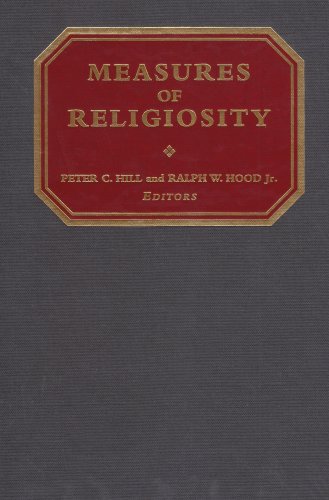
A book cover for Measures of Religiosity; Religion & Spirituality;